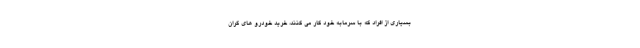
بسیاری از افراد که با سرمابه خود کار می کنند، خرید خودرو های گران